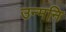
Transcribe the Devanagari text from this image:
उन्मनि